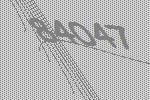
84047